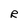
Character: R